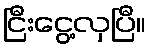
ငြီးငွေ့လှပြီ။